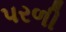
પરળી